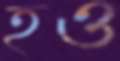
হও